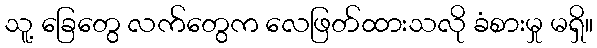
သူ့ ခြေတွေ လက်တွေက လေဖြတ်ထားသလို ခံစားမှု မရှိ။